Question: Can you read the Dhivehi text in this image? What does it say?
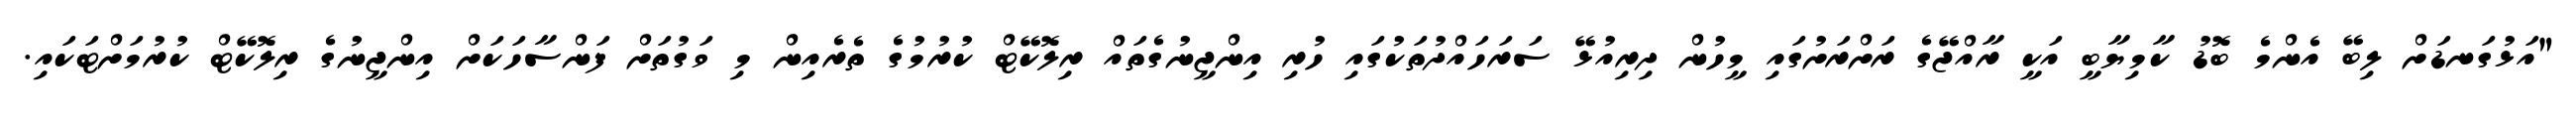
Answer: "އަޅުގަނޑަށް ލިބޭ އެންމެ ބޮޑު ކާމިޔާބީ އަކީ ރާއްޖޭގެ ރަށްރަށުގައި މީހުން ދިރިއުޅޭ ސަރަހައްދުތަކުގައި ހުރި އިންޖީނުގެތައް ރިލޮކޭޓް ކުރުމުގެ ތެރެއިން މި ވަގުތަށް ފަންސާހަކަށް އިންޖީނުގެ ރިލޮކޭޓް ކުރުމަށްޓަކައި.